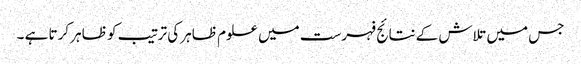
جس میں تلاش کے نتائج فہرست میں علوم ظاہر کی ترتیب کو ظاہر کرتا ہے ۔